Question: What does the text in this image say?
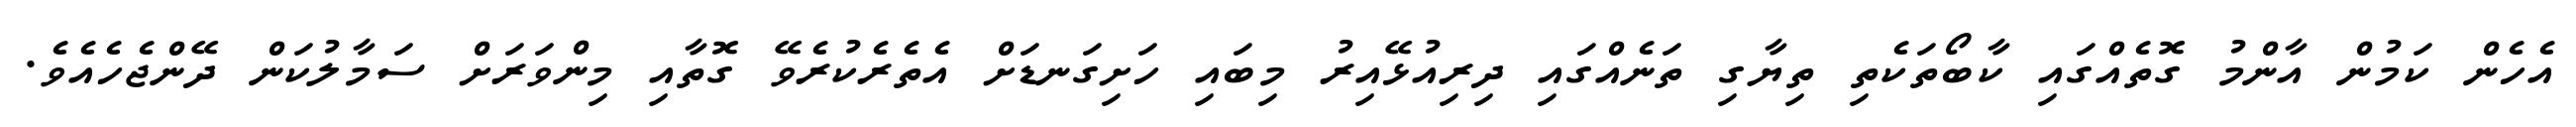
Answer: އެހެން ކަމުން އާންމު ގޮތެއްގައި ކާބޯތަކެތި ތިޔާގި ތަނެއްގައި ދިރިއުޅޭއިރު މިބައި ހަށިގަނޑަށް އެތެރެކުރެވޭ ގޮތާއި މިންވަރަށް ސަމާލުކަން ދޭންޖެހެއެވެ.